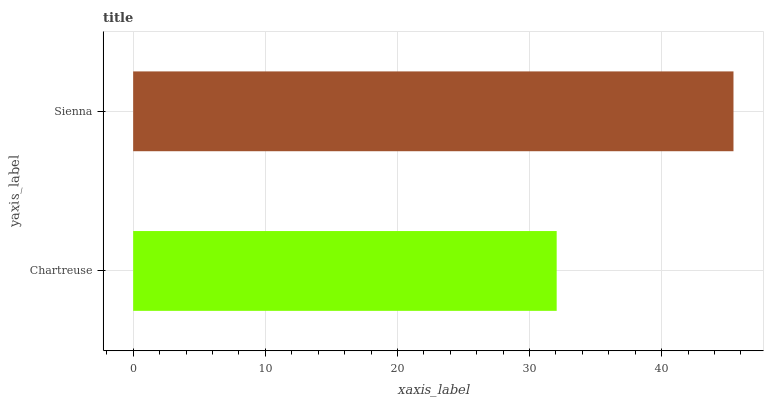
| yaxis_label | bars |
 | --- | --- |
 | Chartreuse | 32.1 |
 | Sienna | 45.4 |